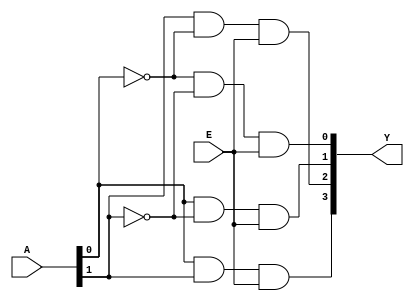
//Verilog code for 2 to 4 Decoder
module Decoder2to4(A,E,Y);

input [1:0]A;
input E;
output [3:0]Y;

wire [1:0]w;
not N0(w[0],A[0]);
not N1(w[1],A[1]);


and A3(Y[3],A[0],A[1],E);
and A2(Y[2],A[1],w[0],E);
and A1(Y[1],A[0],w[1],E);
and A0(Y[0],w[0],w[1],E);

endmodule